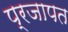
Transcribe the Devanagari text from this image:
प्रजापत